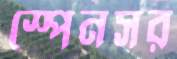
স্পেনসর